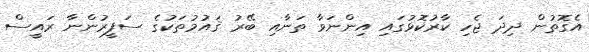
އެގޮތުން ދިދަ ޖެހި ކާރުކޮޅުގައި އިންނަވާ ތަނާއި ބޭރު ޤައުމުތަކުގެ ސަފީރުންނާ ރައީސް